Annual report on the working of the Harcourt Butler Institute of Public Health, Rangoon
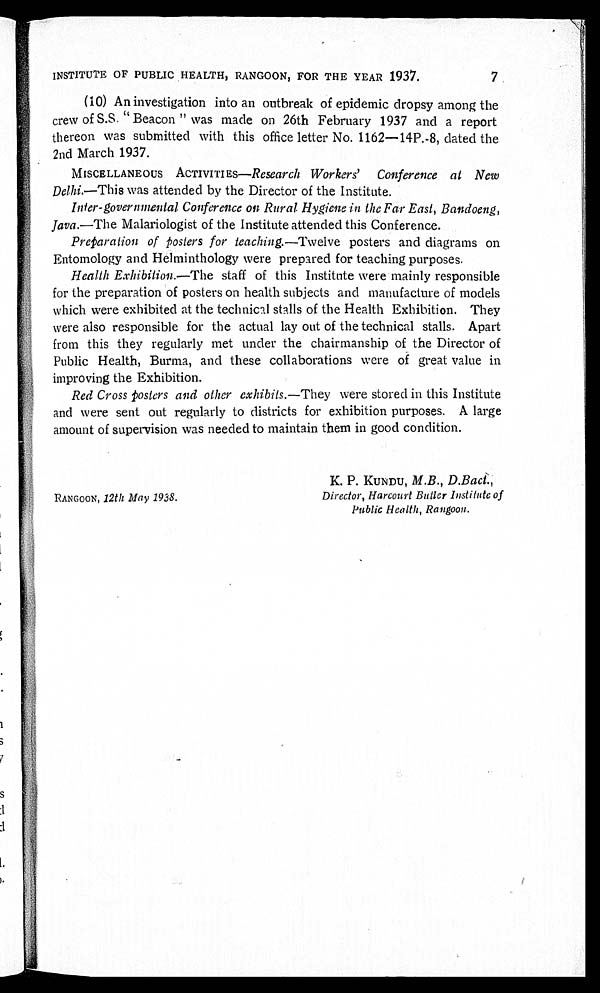
INSTITUTE OF PUBLIC HEALTH, RANGOON, FOR THE YEAR 1937.
7
(10) An investigation into an outbreak of epidemic dropsy among the
crew of S.S. "Beacon" was made on 26th February 1937 and a report
thereon was submitted with this office letter No. 1162—14P.-8, dated the
2nd March 1937.
MISCELLANEOUS ACTIVITIES—Research Workers' Conference at New
Delhi.—This was attended by the Director of the Institute.
Inter-governmental Conference on Rural Hygiene in the Far East, Bandoeng,
Java .—The Malariologist of the Institute attended this Conference.
Preparation of posters for teaching.—Twelve posters and diagrams on
Entomology and Helminthology were prepared for teaching purposes.
Health Exhibition .—The staff of this Institute were mainly responsible
for the preparation of posters on health subjects and manufacture of models
which were exhibited at the technical stalls of the Health Exhibition. They
were also responsible for the actual lay out of the technical stalls. Apart
from this they regularly met under the chairmanship of the Director of
Public Health, Burma, and these collaborations were of great value in
improving the Exhibition.
Red Cross posters and other exhibits .—They were stored in this Institute
and were sent out regularly to districts for exhibition purposes. A large
amount of supervision was needed to maintain them in good condition.
K. P. KUNDU, M.B., D.Bact
RANGOON, 12th May 1938.
Director, Harcourt Butler Institute of
Public Health, Rangoon.